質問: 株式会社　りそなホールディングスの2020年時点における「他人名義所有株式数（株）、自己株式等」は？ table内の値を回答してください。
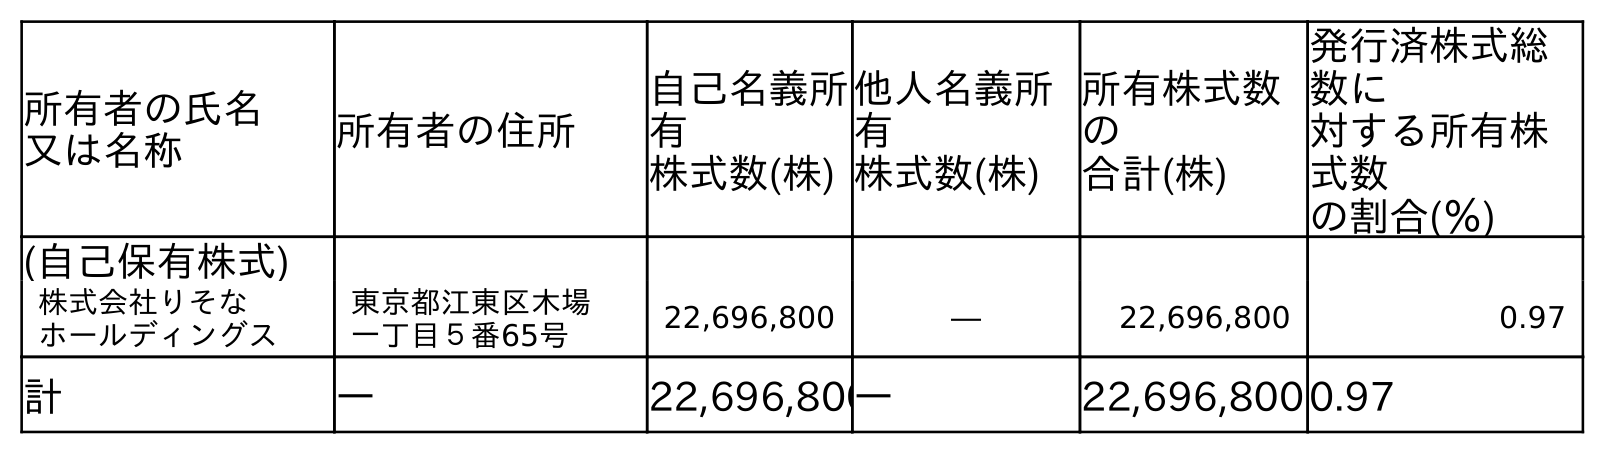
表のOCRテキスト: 所有者の氏名 又は名称 所有者の住所 自己名義所 有 株式数(株) 他人名義所 有 株式数(株) 所有株式数 の 合計(株) 発行済株式総 数に 対する所有株 式数 の割合(％) (自己保有株式) 株式会社りそな ホールディングス 東京都江東区木場 一丁目５番65号 22,696,800 ― 22,696,800 0.97 計 ― 22,696,800― 22,696,8000.97
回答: ―